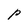
Character: p